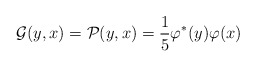
\begin{align*}\mathcal G (y,x) = \mathcal P(y,x) = \frac{1}{5} \varphi^*(y) \varphi(x) \end{align*}